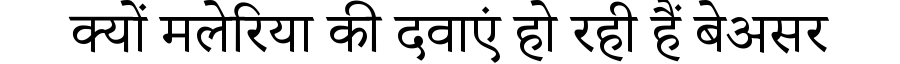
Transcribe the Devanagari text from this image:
क्यों मलेरिया की दवाएं हो रही हैं बेअसर